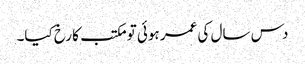
دس سال کی عمر ہوئی تو مکتب کا رخ کیا۔